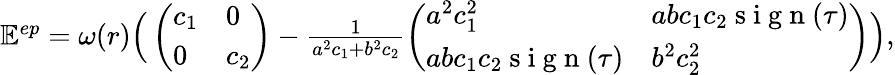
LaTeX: \begin{array}{r}{\mathbb E^{ep}=\omega(r)\Big(\left(\begin{array}{ll}{c_{1}}&{0}\\ {0}&{c_{2}}\end{array}\right)-\frac{1}{a^{2}c_{1}+b^{2}c_{2}}\left(\begin{array}{ll}{a^{2}c_{1}^{2}}&{abc_{1}c_{2}\mathrm{~s~i~g~n~}(\tau)}\\ {abc_{1}c_{2}\mathrm{~s~i~g~n~}(\tau)}&{b^{2}c_{2}^{2}}\end{array}\right)\Big),}\end{array}